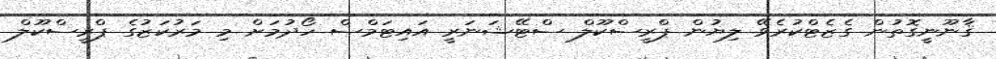
ޤާނޫނީގޮތުން ގެޒެޓްކުރެވޭ ލިޔުން ޕްރީސްކޫލް ސްޓޭޝަނަރީ އައިޓަމްސް ހޯދުމަށް މި މަރުކަޒުގެ ޕްރީސްކޫލް